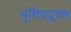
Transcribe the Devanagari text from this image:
भूमिप्रदूषण